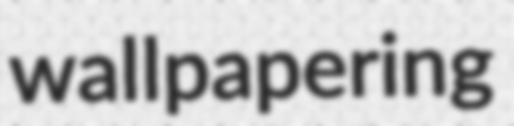
wallpapering